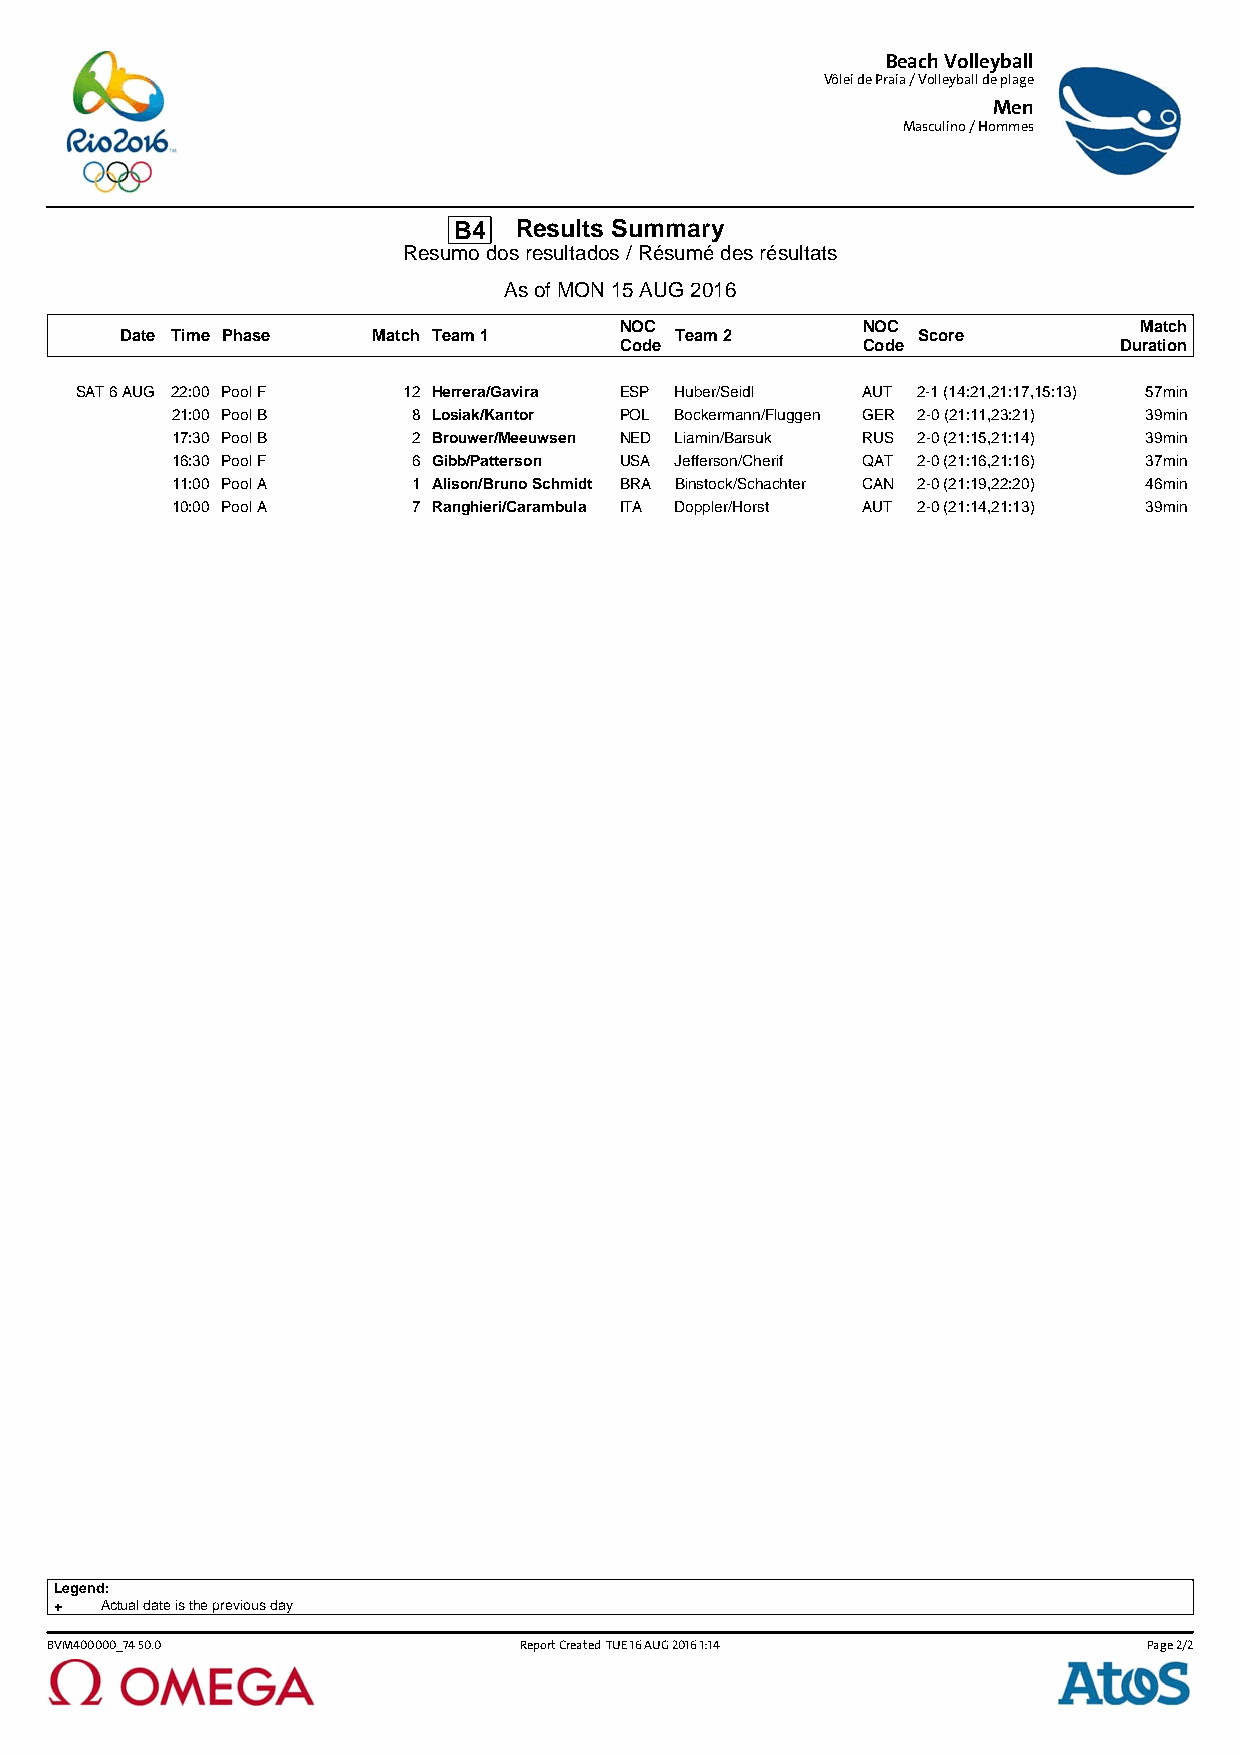
Beach Volleyball
 Vôlei de Praia / Volleyball de plage
 Men
 Masculino / Hommes
 B4  Results Summary
 Resumo dos resultados / Résumé des résultats
 As of MON 15 AUG 2016
 NOC             NOC               Match
 Date Time Phase  Match Team 1        Team 2          Score
 Code            Code             Duration
 SAT 6 AUG 22:00 Pool F 12 Herrera/Gavira ESP Huber/Seidl AUT 2-1 (14:21,21:17,15:13) 57min
 21:00 Pool B    8 Losiak/Kantor POL Bockermann/Fluggen GER 2-0 (21:11,23:21) 39min
 17:30 Pool B    2 Brouwer/Meeuwsen NED Liamin/Barsuk RUS 2-0 (21:15,21:14) 39min
 16:30 Pool F    6 Gibb/Patterson USA Jefferson/Cherif QAT 2-0 (21:16,21:16) 37min
 11:00 Pool A    1 Alison/Bruno Schmidt BRA Binstock/Schachter CAN 2-0 (21:19,22:20) 46min
 10:00 Pool A    7 Ranghieri/Carambula ITA Doppler/Horst AUT 2-0 (21:14,21:13) 39min
 Legend:
 +  Actual date is the previous day
 BVM400000_74 50.0              Report Created TUE 16 AUG 2016 1:14       Page 2/2